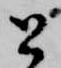
と